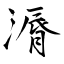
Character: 漘